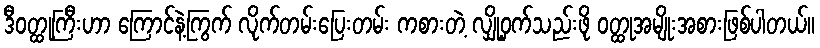
ဒီဝတ္ထုကြီးဟာ ကြောင်နဲ့ကြွက် လိုက်တမ်းပြေးတမ်း ကစားတဲ့ လျှို့ဝှက်သည်းဖို ဝတ္ထုအမျိုးအစားဖြစ်ပါတယ်။